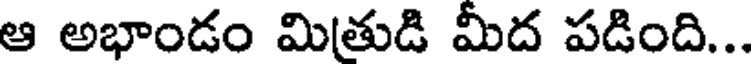
ఆ అభాండం మిత్రుడి మీద పడింది...